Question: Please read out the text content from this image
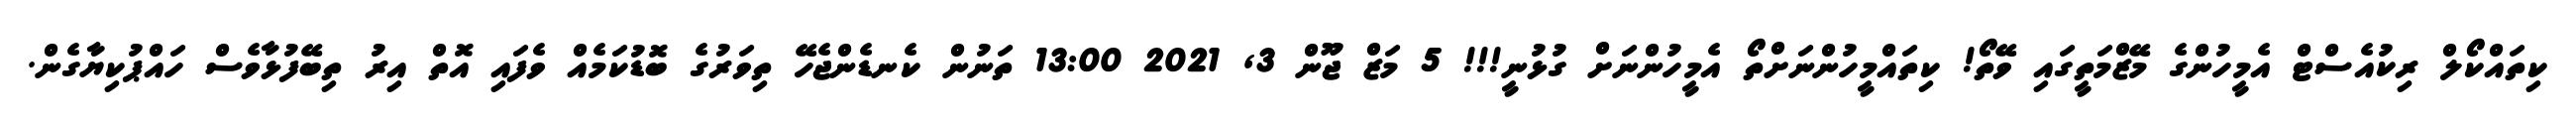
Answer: ކިތައްކޯލް ރިކުއެސްޓް އެމީހުންގެ މޭޒްމަތީގައި ވޭތޯ! ކިތައްމީހުންނަށްތޯ އެމީހުންނަށް ގުޅުނީ!!! 5 މަޒް ޖޫން 3, 2021 13:00 ތަނުން ކެނޑެންޖެހޭ ތިވަރުގެ ބޮޑުކަމެއް ވެފައި އޮތް އިރު ތިބޭފުޅާވެސް ހައްޕުކިޔާގެން.